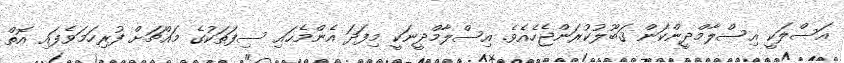
އަސްލަކީ އިސްލާމްދީންކަން ޤަބޫލުކުރަންޖެހެއެވެ. އިސްލާމްދީނަކީ މިފަދަ އެންމެހައި ސިފަތަކުގެ މައްޗަށް ފުރިހަމަވެފައި އޮތް